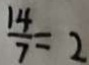
\frac { 1 4 } { 7 } = 2